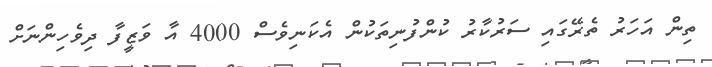
ތިން އަހަރު ތެރޭގައި ސަރުކާރު ކުންފުނިތަކުން އެކަނިވެސް 4000 އާ ވަޒީފާ ދިވެހިންނަށް